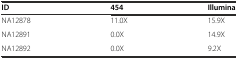
| ID | 454 | Illumina |
 | --- | --- | --- |
 | NA12878 | 11.0X | 15.9X |
 | NA12891 | 0.0X | 14.9X |
 | NA12892 | 0.0X | 9.2X |